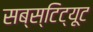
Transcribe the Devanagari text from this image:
सब्स्टिट्यूट